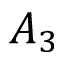
A _ { 3 }